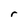
Character: r